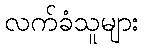
လက်ခံသူများ